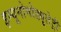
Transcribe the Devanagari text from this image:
इम्यूनोमोड्यूलेट्री